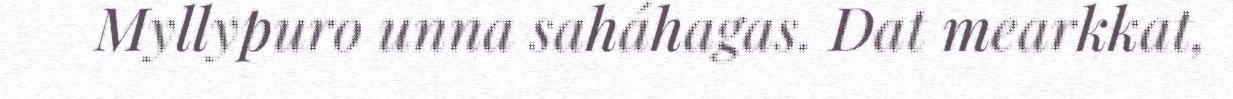
Myllypuro unna saháhagas. Dat mearkkat,